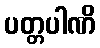
ပတ္တပါဏိ